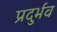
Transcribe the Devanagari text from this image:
प्रदुर्भव